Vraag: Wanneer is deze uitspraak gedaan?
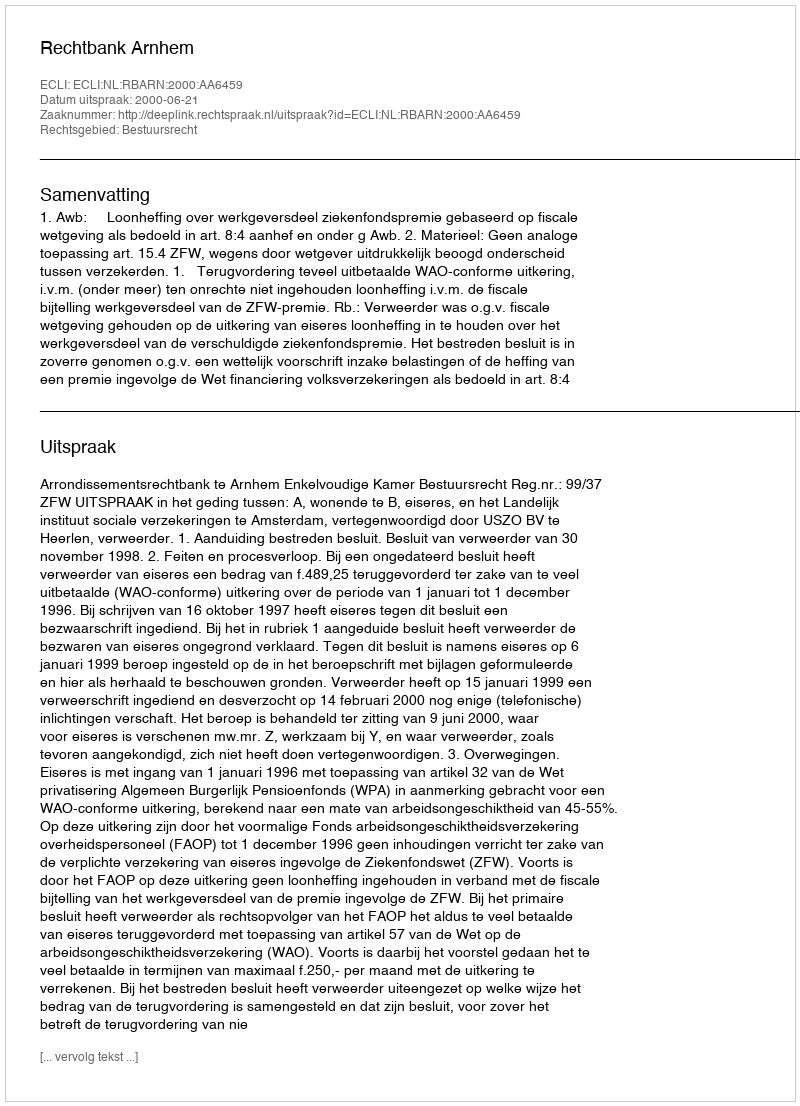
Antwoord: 2000-06-21